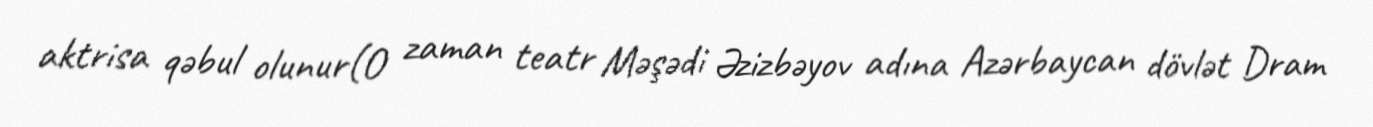
aktrisa qəbul olunur(O zaman teatr Məşədi Əzizbəyov adına Azərbaycan dövlət Dram